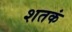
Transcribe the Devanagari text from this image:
शतकं